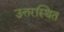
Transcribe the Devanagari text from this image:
उत्तरस्थित